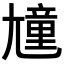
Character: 𡰒